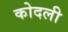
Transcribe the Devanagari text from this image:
कोदली